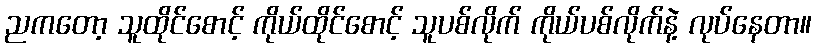
ညကတော့ သူထိုင်စောင့် ကိုယ်ထိုင်စောင့် သူပစ်လိုက် ကိုယ်ပစ်လိုက်နဲ့ လုပ်နေတာ။